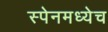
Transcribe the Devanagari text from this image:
स्पेनमध्येच